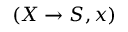
( X \to S , x )